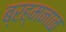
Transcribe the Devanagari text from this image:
ब्रह्मनाळ